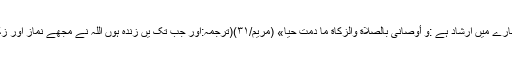
)نیز حضرت عیسیٰ ؑکے بارے میں ارشاد ہے :و َأَوْصَانِی بِالصَّلَاةِ وَالزَّکَاةِ مَا دُمْتُ حَیا» (مریم/۳۱)(ترجمہ:اور جب تک یں زندہ ہوں اللہ نے مجھے نماز اور زکات کی نصیحت کی ہے۔